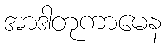
အာဒါတုကာမေန